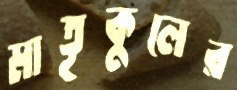
মাতৃকুলের